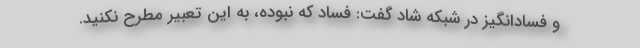
و فسادانگیز در شبکه شاد گفت: فساد که نبوده، به این تعبیر مطرح نکنید.